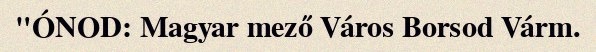
"ÓNOD: Magyar mező Város Borsod Várm.